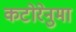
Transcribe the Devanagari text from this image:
कटोरेनुमा